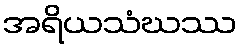
အရိယသံဃဿ